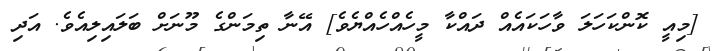
[މިއީ ކޮންކަހަލަ ވާހަކައެއް ދައްކާ މީހެއްހެއްޔެވެ] އޭނާ ތިމަންގެ މޫނަށް ބަލައިލިއެވެ. އަދި